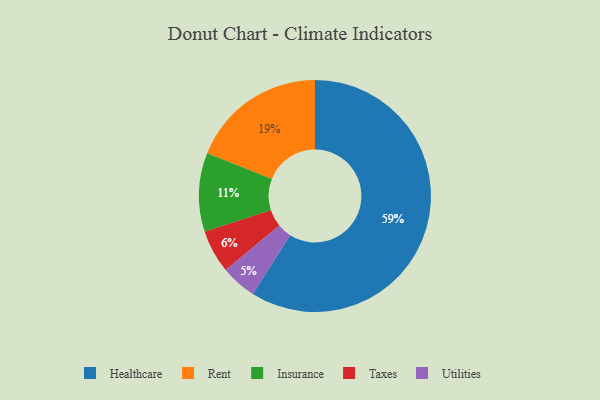
{"axis": {"x": "Category", "y": "Percentage"}, "legend": ["Healthcare", "Insurance", "Rent", "Taxes", "Utilities"], "data": [{"x": "Insurance", "y": 11, "type": "Insurance"}, {"x": "Utilities", "y": 5, "type": "Utilities"}, {"x": "Healthcare", "y": 59, "type": "Healthcare"}, {"x": "Taxes", "y": 6, "type": "Taxes"}, {"x": "Rent", "y": 19, "type": "Rent"}]}